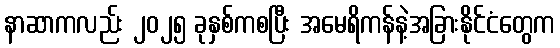
နာဆာကလည်း ၂၀၂၅ ခုနှစ်ကစပြီး အမေရိကန်နဲ့အခြားနိုင်ငံတွေက